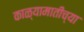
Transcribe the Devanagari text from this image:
काळ्यामातीच्या